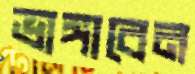
ভাঙ্গাবেন